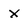
Character: x